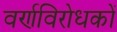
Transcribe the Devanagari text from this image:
वर्णविरोधकों